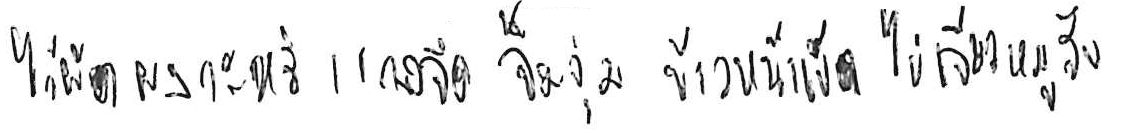
ไก่ผัดผงกะหรี่ แกงจืด จิ้มจุ่ม ข้าวหน้าเป็ด ไข่เจียวหมูสับ